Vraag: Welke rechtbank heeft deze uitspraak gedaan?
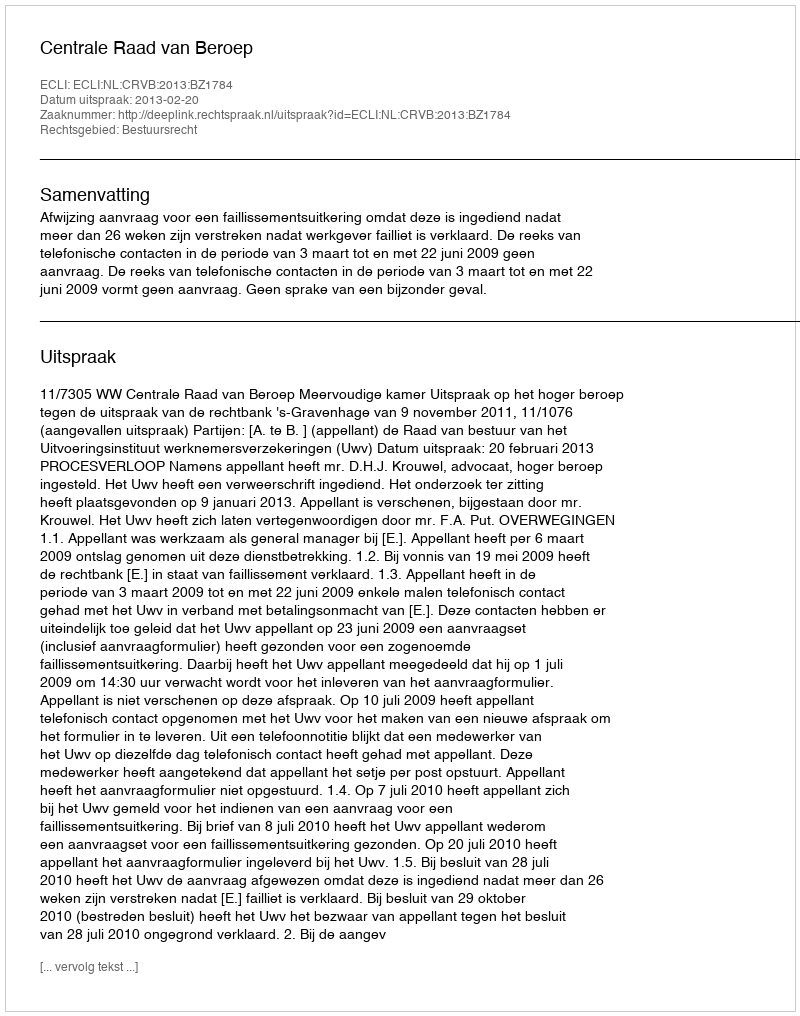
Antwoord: Centrale Raad van Beroep